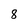
Character: 8